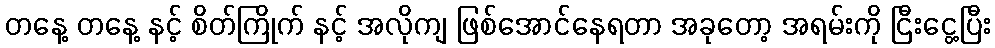
တနေ့ တနေ့ နင့် စိတ်ကြိုက် နင့် အလိုကျ ဖြစ်အောင်နေရတာ အခုတော့ အရမ်းကို ငြီးငွေ့ပြီး